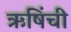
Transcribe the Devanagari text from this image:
ऋषिंची